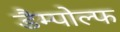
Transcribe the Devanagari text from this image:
डैम्पोल्फ